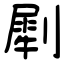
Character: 㓾